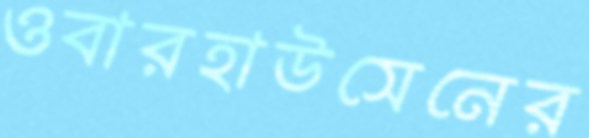
ওবারহাউসেনের